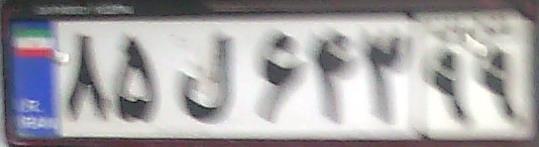
۸۵ل۶۴۳۹۹